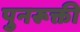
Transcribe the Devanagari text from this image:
पुनरूक्ती